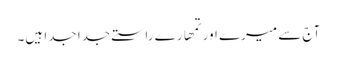
آج سے میرے اور تمھارے راستے جدا جدا ہیں۔